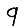
Digit: 9